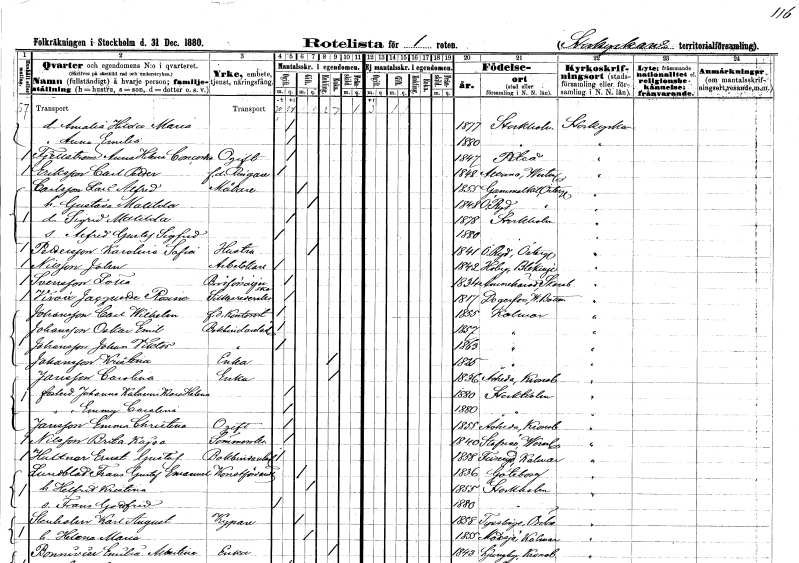
gt_parse: households: individuals: FN: Amalia Hilda Maria
KON: K
CIV: O
FODAR: 1877
FODFORS: Stockholm
FN: Anna Emilia
KON: K
CIV: O
FODAR: 1880
FODFORS: Stockholm
FN: Anna Concordia
EN: Fjellström
KON: K
CIV: O
FODAR: 1847
FODFORS: Piteå Norrbottens län
FN: Carl Petter
EN: Eriksson
YRKE: Ringare f.d.
KON: M
CIV: O
FODAR: 1848
FODFORS: Altuna Uppsala län
FN: Lars Alfred
EN: Carlsson
YRKE: Målare
KON: M
CIV: G
FODAR: 1855
FODFORS: Gammalkil Östergötlands län
FN: Gustava Matilda
KON: K
CIV: G
FODAR: 1848
FODFORS: Östra Ryd Östergötlands län
FN: Sigrid Matilda
KON: K
CIV: O
FODAR: 1878
FODFORS: Stockholm
FN: Alfred Gustaf Sigfrid
KON: M
CIV: O
FODAR: 1880
FODFORS: Stockholm
FN: Karolina Sofia
EN: Pettersson
YRKE: Hustru
KON: K
CIV: G
FODAR: 1841
FODFORS: Östra Ryd Östergötlands län
FN: Johan
EN: Nilsson
YRKE: Arbetskarl
KON: M
CIV: O
FODAR: 1842
FODFORS: Hoby Blekinge län
FN: Lotta
EN: Svensson
YRKE: Brödförsäljerska
KON: K
CIV: O
FODAR: 1834
FODFORS: Amnehärad Skaraborgs län
FN: Jacuquette Rosina
EN: Viroex
YRKE: Silkesrederska
KON: K
CIV: O
FODAR: 1817
FODFORS: Degerfors Västerbottens län
FN: Carl Wilhelm
EN: Johansson
YRKE: Kontorist f.d.
KON: M
CIV: O
FODAR: 1855
FODFORS: Kalmar Kalmar län
FN: Oskar Emil
EN: Johansson
YRKE: Bokbindarelärling
KON: M
CIV: O
FODAR: 1857
FODFORS: Kalmar Kalmar län
FN: Johan Viktor
EN: Johansson
YRKE: Bokbindarelärling
KON: M
CIV: O
FODAR: 1863
FODFORS: Kalmar Kalmar län
FN: Kristina
EN: Johansson
YRKE: Änka
KON: K
CIV: E
FODAR: 1825
FODFORS: Kalmar Kalmar län
FN: Carolina
EN: Jansson
YRKE: Änka
KON: K
CIV: E
FODAR: 1836
FODFORS: Åseda Kronobergs län
FN: Johanna Katarina Klara Helena
KON: K
CIV: O
FODAR: 1880
FODFORS: Stockholm
FN: Emmy Carolina
KON: K
CIV: O
FODAR: 1880
FODFORS: Stockholm
FN: Emma Christina
EN: Jansson
KON: K
CIV: O
FODAR: 1855
FODFORS: Åseda Kronobergs län
FN: Brita Kajsa
EN: Nilsson
YRKE: Sömmerska
KON: K
CIV: O
FODAR: 1840
FODFORS: Stavnäs Värmlands län
FN: Ernst Gustaf
EN: Hultner
YRKE: Bokbindarelärling
KON: M
CIV: O
FODAR: 1858
FODFORS: Fliseryd Kalmar län
FN: Frans Gustaf Emanuel
EN: Lundblad
YRKE: Konstförvandt
KON: M
CIV: G
FODAR: 1836
FODFORS: Göteborg Göteborgs- och Bohuslän
FN: Helfrid Kristina
KON: K
CIV: G
FODAR: 1855
FODFORS: Stockholm
FN: Frans Gustaf
KON: M
CIV: O
FODAR: 1880
FODFORS: Stockholm